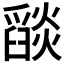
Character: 𦦨